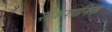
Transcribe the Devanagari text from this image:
शैकशानिक